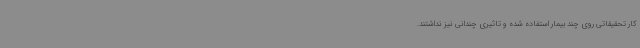
کار تحقیقاتی روی چند بیمار استفاده شده و تاثیری چندانی نیز نداشتند.